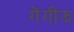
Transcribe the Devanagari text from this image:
गेंगीझ